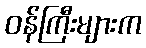
ဝန်ကြီးများက